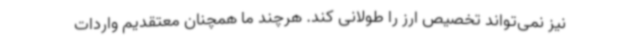
نیز نمی‌تواند تخصیص ارز را طولانی کند. هرچند ما همچنان معتقدیم واردات